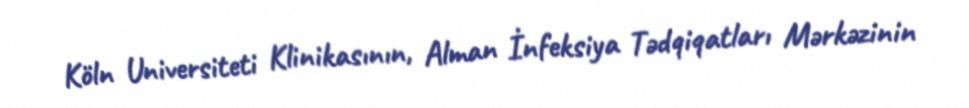
Köln Universiteti Klinikasının, Alman İnfeksiya Tədqiqatları Mərkəzinin